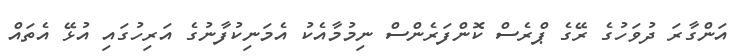
އަންގާރަ ދުވަހުގެ ރޭގެ ޕްރެސް ކޮންފަރެންސް ނިމުމާއެކު އެމަނިކުފާނުގެ އަރިހުގައި އުޅޭ އެތައް